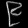
Digit: ၉